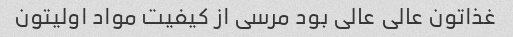
غذاتون عالی عالی بود مرسی از کیفیت مواد اولیتون